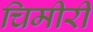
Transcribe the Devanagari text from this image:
चिमीरी